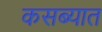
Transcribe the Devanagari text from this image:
कसब्यात